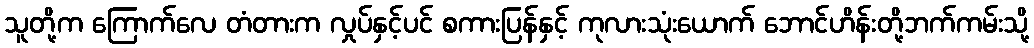
သူတို့က ကြောက်လေ တံတားက လှုပ်နှင့်ပင် စကားပြန်နှင့် ကုလားသုံးယောက် ဘောင်ဟိန်းတို့ဘက်ကမ်းသို့